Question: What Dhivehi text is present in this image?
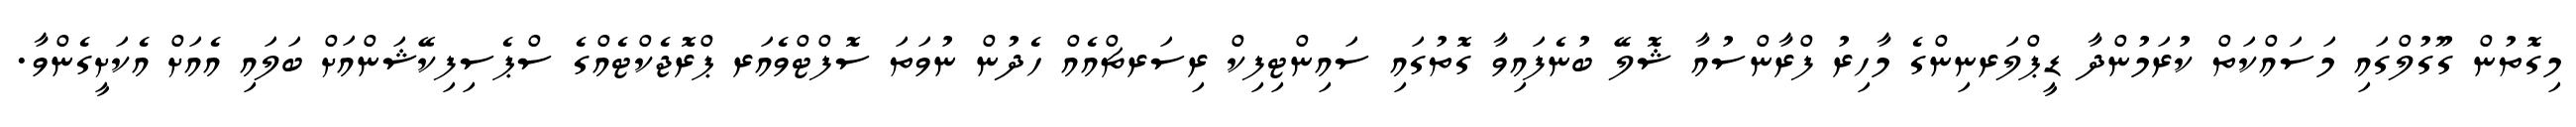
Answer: މިގޮތުން ގޫގުލްގައި މަސައްކަތް ކުރަމުންދާ ޑީޕްލަރނިންގެ މާހިރު ފްރާންސުއާ ޝޮލޭ ބުނެފައިވާ ގޮތުގައި ސައިންޓިފިކް ރިސަރޗްއެއް ހެދުން ނުވަތަ ސޮފްޓްވެއަރ ޕްރޮޖެކްޓެއްގެ ސްޕެސިފިކޭޝަންއަށް ބަލައި އެއަށް އެކަށީގެންވާ.